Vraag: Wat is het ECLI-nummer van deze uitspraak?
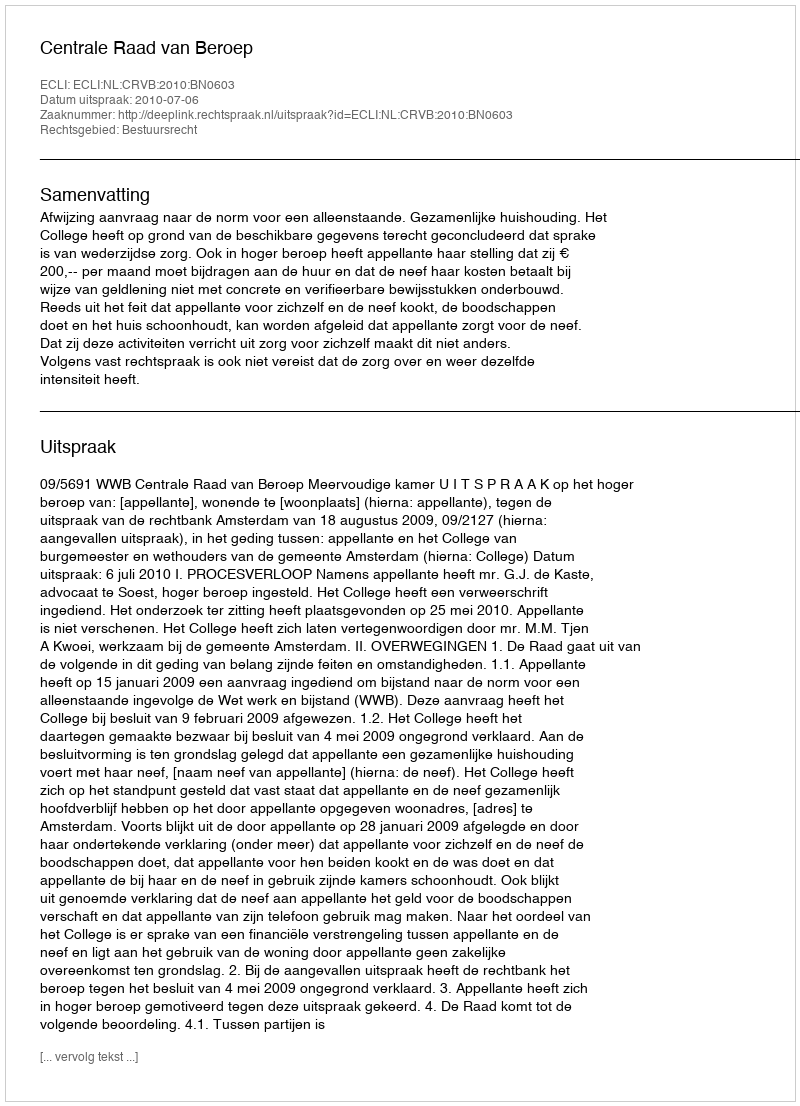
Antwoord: ECLI:NL:CRVB:2010:BN0603